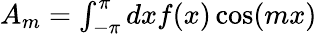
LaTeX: \begin{array}{r}{A_{m}=\int_{-\pi}^{\pi}dxf(x)\cos(mx)}\end{array}